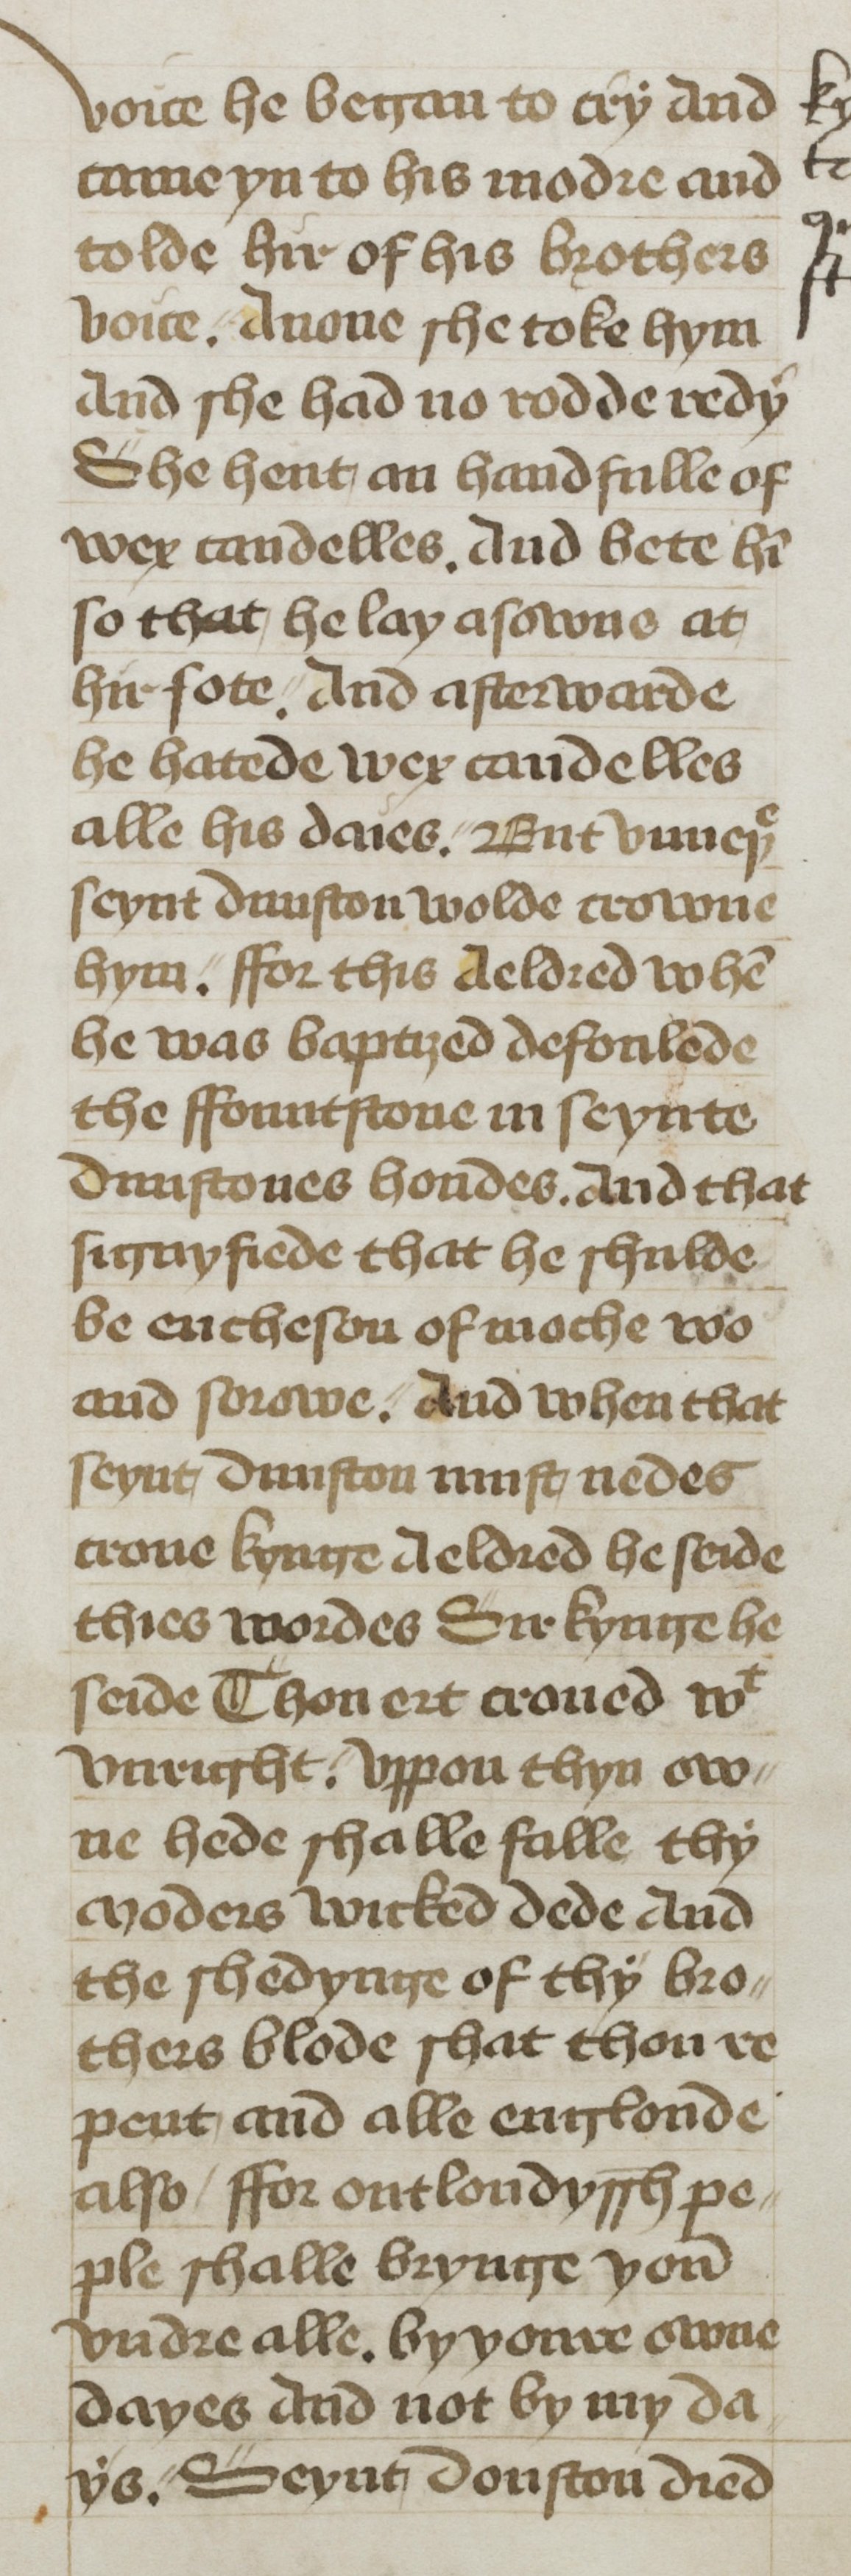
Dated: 1400–1499